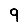
Digit: 9